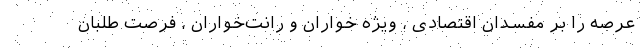
عرصه را بر مفسدان اقتصادی ، ویژه خواران و رانت‌خواران ، فرصت طلبان